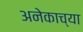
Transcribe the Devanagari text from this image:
अनेकाच्या